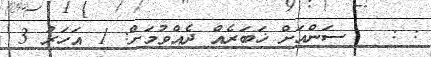
: :   ސަންއަށް ޚަބަރެއް ދެއްވުމަށް: 1 އަހަރު 3